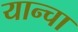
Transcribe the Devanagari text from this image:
यान्चा